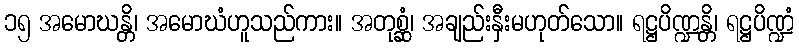
၁၅ အမောဃန္တိ၊ အမောဃံဟူသည်ကား။ အတုစ္ဆံ၊ အချည်းနှီးမဟုတ်သော။ ရဋ္ဌပိဏ္ဍန္တိ၊ ရဋ္ဌပိဏ္ဍံ